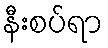
နီးစပ်ရာ